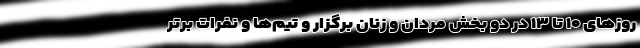
روزهای ۱۰ تا ۱۳ در دو بخش مردان و زنان برگزار و تیم‌ها و نفرات برتر